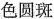
色圆斑